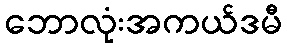
ဘောလုံးအကယ်ဒမီ